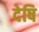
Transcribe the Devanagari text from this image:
देषि